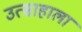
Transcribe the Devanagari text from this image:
उत्साहाला